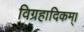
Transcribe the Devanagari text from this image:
विग्रहादिकम्।